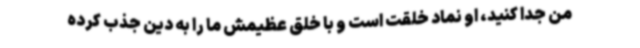
من جدا کنید، او نماد خلقت است و با خلق عظیمش ما را به دین جذب کرده